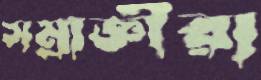
সম্রাজ্ঞীরা